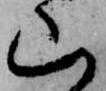
山